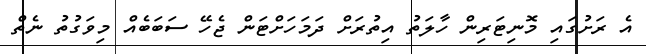
އެ ރަށުގައި މޮނިޓަރިން ހާލަތު އިތުރަށް ދަމަހަށްޓަން ޖެހޭ ސަބަބެއް މިވަގުތު ނެތް